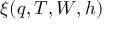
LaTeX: \xi ( q , T , W , h )